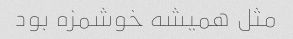
مثل همیشه خوشمزه بود